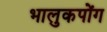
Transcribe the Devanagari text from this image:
भालुकपोंग